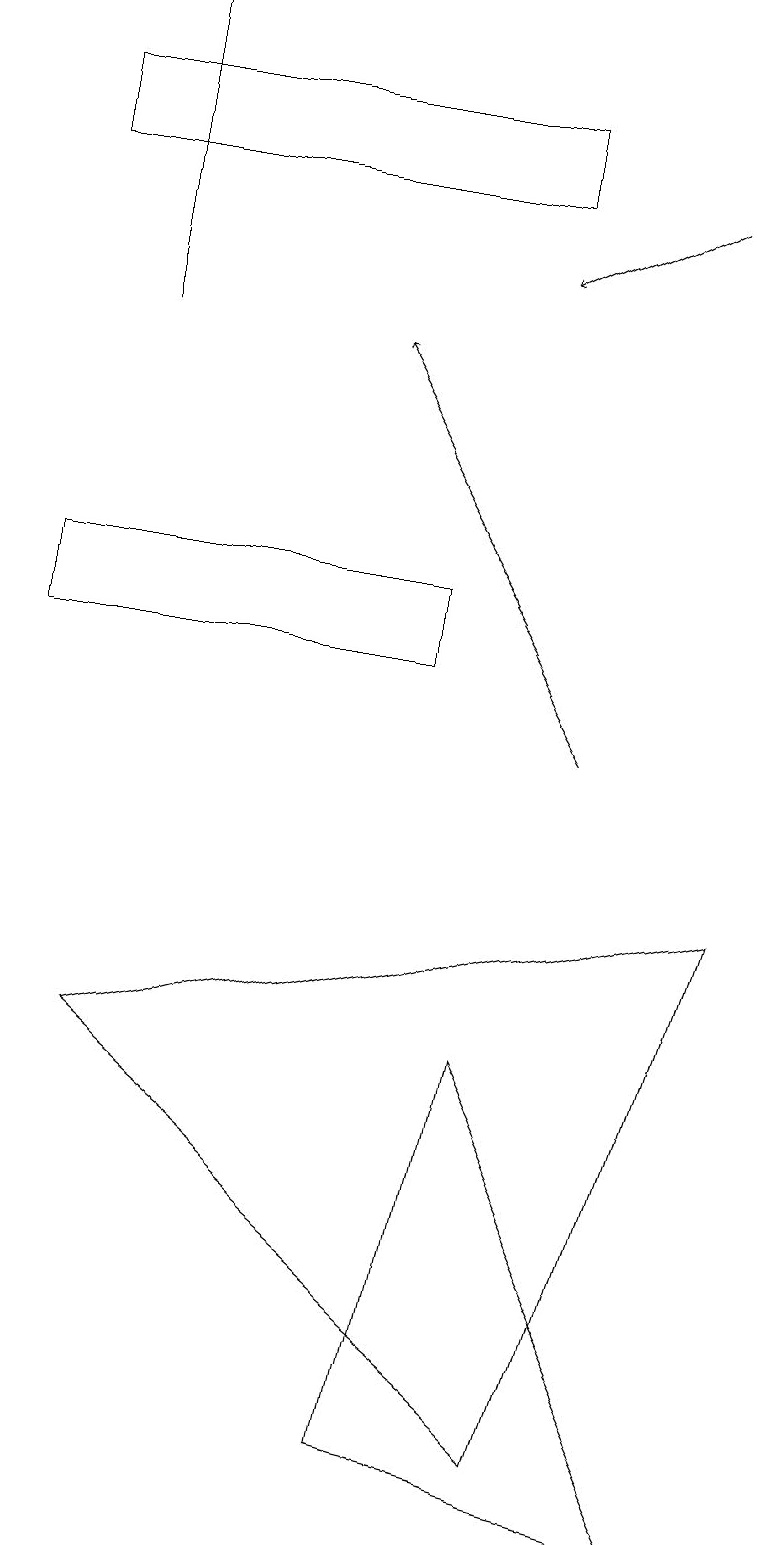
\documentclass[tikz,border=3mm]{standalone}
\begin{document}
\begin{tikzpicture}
\draw (5,1) -- (6,6) -- (9,0) -- cycle;
\draw[->] (8,17) -- (6,16);
\draw (1,19) rectangle (1,15);
\draw (0,11) rectangle (5,12);
\draw[->] (7,10) -- (4,15);
\draw (6,18) rectangle (0,17);
\draw (9,8) -- (1,6) -- (7,1) -- cycle;
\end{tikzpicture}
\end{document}